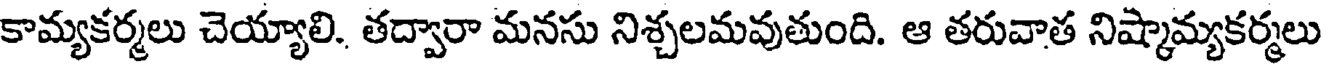
కామ్యకర్మలు చెయ్యాలి. తద్వారా మనసు నిశ్చలమవుతుంది. ఆ తరువాత నిష్మామ్యకర్మలు